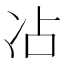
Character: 𫥄